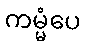
ကမ္မံပေ